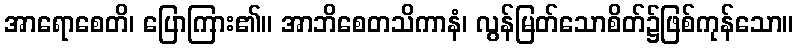
အာရောစေတိ၊ ပြောကြား၏။ အာဘိစေတသိကာနံ၊ လွန်မြတ်သောစိတ်၌ဖြစ်ကုန်သော။